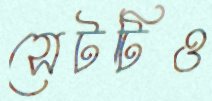
সেটটিও